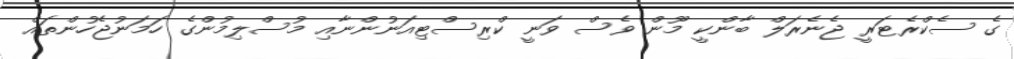
ގެ ސެކްރެޓަރީ ޖެނެރަލް ބާންކީ މޫން ވެސް ވަނީ ކްރިސްޓިއަނުންނާއި މުސްލިމުންގެ ހަމަނުޖެހުންތައް